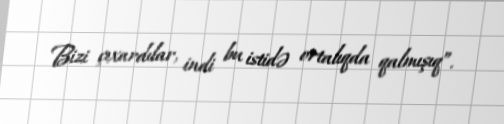
Bizi çıxardılar, indi bu istidə ortalıqda qalmışıq”.